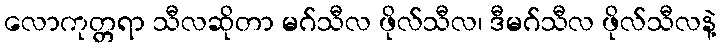
လောကုတ္တရာ သီလဆိုတာ မဂ်သီလ ဖိုလ်သီလ၊ ဒီမဂ်သီလ ဖိုလ်သီလနဲ့